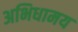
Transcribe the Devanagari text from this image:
अभिधामय